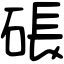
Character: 䂻